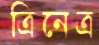
ত্রিনেত্র